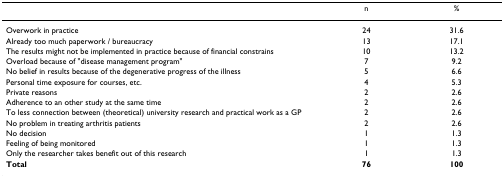
<table><thead><tr><td></td><td><b>n</b></td><td><b>%</b></td></tr></thead><tbody><tr><td>Overwork in practice</td><td>24</td><td>31.6</td></tr><tr><td>Already too much paperwork / bureaucracy</td><td>13</td><td>17.1</td></tr><tr><td>The results might not be implemented in practice because of financial constrains</td><td>10</td><td>13.2</td></tr><tr><td>Overload because of &quot;disease management program&quot;</td><td>7</td><td>9.2</td></tr><tr><td>No belief in results because of the degenerative progress of the illness</td><td>5</td><td>6.6</td></tr><tr><td>Personal time exposure for courses, etc.</td><td>4</td><td>5.3</td></tr><tr><td>Private reasons</td><td>2</td><td>2.6</td></tr><tr><td>Adherence to an other study at the same time</td><td>2</td><td>2.6</td></tr><tr><td>To less connection between (theoretical) university research and practical work as a GP</td><td>2</td><td>2.6</td></tr><tr><td>No problem in treating arthritis patients</td><td>2</td><td>2.6</td></tr><tr><td>No decision</td><td>1</td><td>1.3</td></tr><tr><td>Feeling of being monitored</td><td>1</td><td>1.3</td></tr><tr><td>Only the researcher takes benefit out of this research</td><td>1</td><td>1.3</td></tr><tr><td><b>Total</b></td><td><b>76</b></td><td><b>100</b></td></tr></tbody></table>